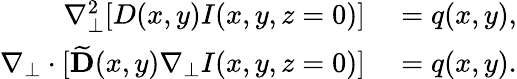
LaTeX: \begin{array}{rl}{\nabla_{\perp}^{2}[D(x,y)I(x,y,z=0)]}&{{}=q(x,y),}\\ {\nabla_{\perp}\cdot[\widetilde{\mathbf{D}}(x,y)\nabla_{\perp}I(x,y,z=0)]}&{{}=q(x,y).}\end{array}